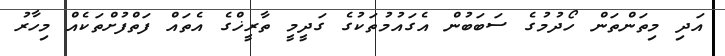
އަދި މިތަންތަން ހޯދުމުގެ ސަބަބުން އެގައުމުތަކުގެ ގަދީމީ ތާރީޚްގެ އެތައް ފަތްފުށްތަކެއް މިހާރު